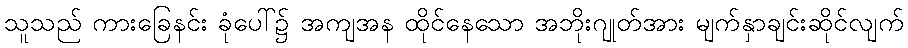
သူသည် ကားခြေနင်း ခုံပေါ်၌ အကျအန ထိုင်နေသော အဘိုးဂျုတ်အား မျက်နှာချင်းဆိုင်လျက်